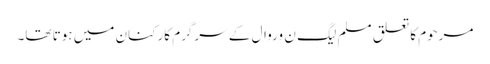
مرحوم کا تعلق مسلم لیگ ن وروال کے سرگرم کارکنان میں ہوتا تھا۔